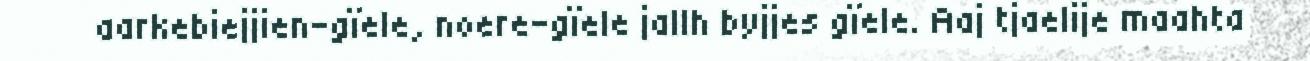
aarkebiejjien-gïele, noere-gïele jallh byjjes gïele. Aaj tjaelije maahta